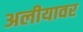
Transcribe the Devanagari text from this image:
अलीयावर